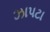
ઝાપટા